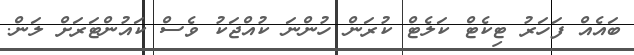
ބައެއް ފަހަރު ޓިކެޓް ކަލެޓް ކުރަން ހުންނަ ކުއްޖަކު ވެސް ކައުންޓަރަށް ލަން.